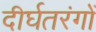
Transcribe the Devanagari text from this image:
दीर्घतरंगों